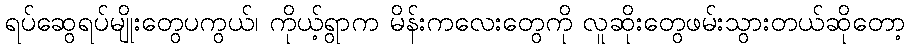
ရပ်ဆွေရပ်မျိုးတွေပကွယ်၊ ကိုယ့်ရွာက မိန်းကလေးတွေကို လူဆိုးတွေဖမ်းသွားတယ်ဆိုတော့